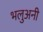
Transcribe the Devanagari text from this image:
भलुअनी